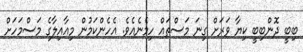
ބިބީ ދޮންބިބީ ކިޔާ ވަރަށް ގިނަ މަސްތައް ހިމެނެއެވެ. އެހެންކަމުން މިއާއިލާގެ މަސްމަހަށް